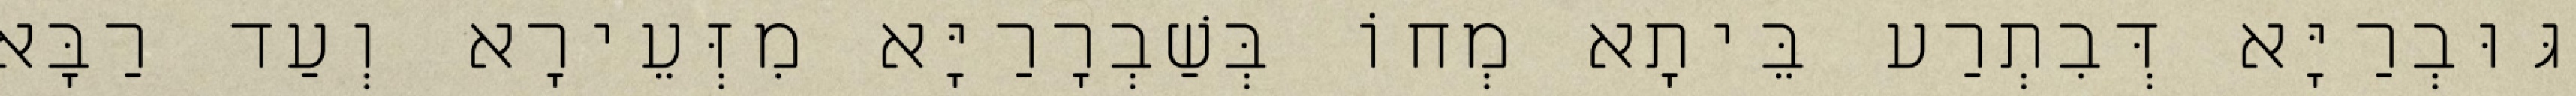
גּוּבְרַיָּא דְּבִתְרַע בֵּיתָא מְחוֹ בְּשַׁבְרָרַיָּא מִזְּעֵירָא וְעַד רַבָּא